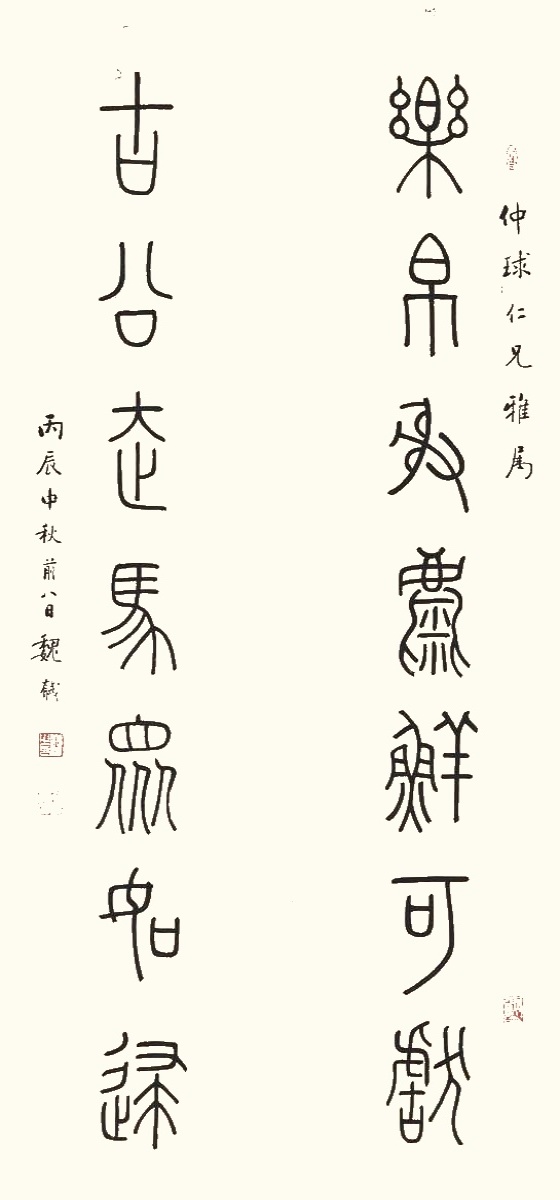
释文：乐帛射麋鲜可献，古公走马众如归。仲球仁兄雅属。丙辰中秋前八日。魏戫。